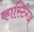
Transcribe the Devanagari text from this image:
कास्टिंग्ज